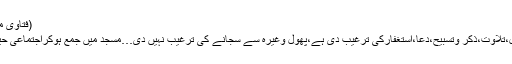
(فتاوی محمودیہ:3/285،ادارہ الفاروق کراچی)
ان راتوں میں شریعت نے عبادت ،نوافل،تلاوت،ذکر وتسبیح،دعا،استغفارکی ترغیب دی ہے،پھول وغیرہ سے سجانے کی ترغیب نہیں دی…مسجد میں جمع ہوکراجتماعی حیثیت سے جاگنا مکروہ اور ممنوع ہے۔